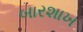
બારશાખ